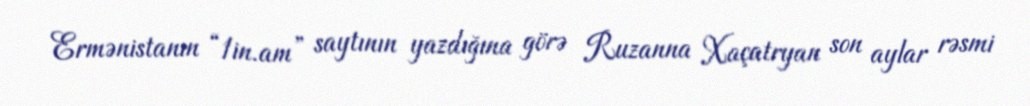
Ermənistanın “1in.am” saytının yazdığına görə Ruzanna Xaçatryan son aylar rəsmi